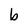
Character: b